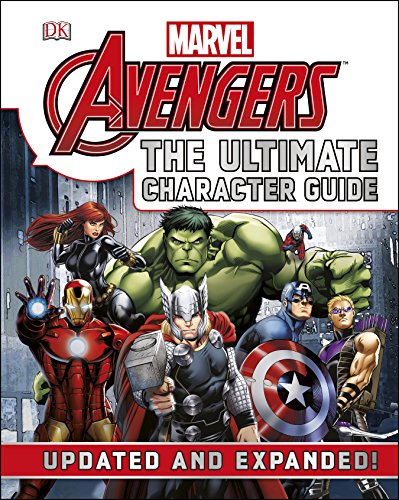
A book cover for Marvel the Avengers: the Ultimate Character Guide; Alan Cowsill; Comics & Graphic Novels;